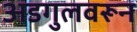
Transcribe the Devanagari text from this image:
अडगुलवरून